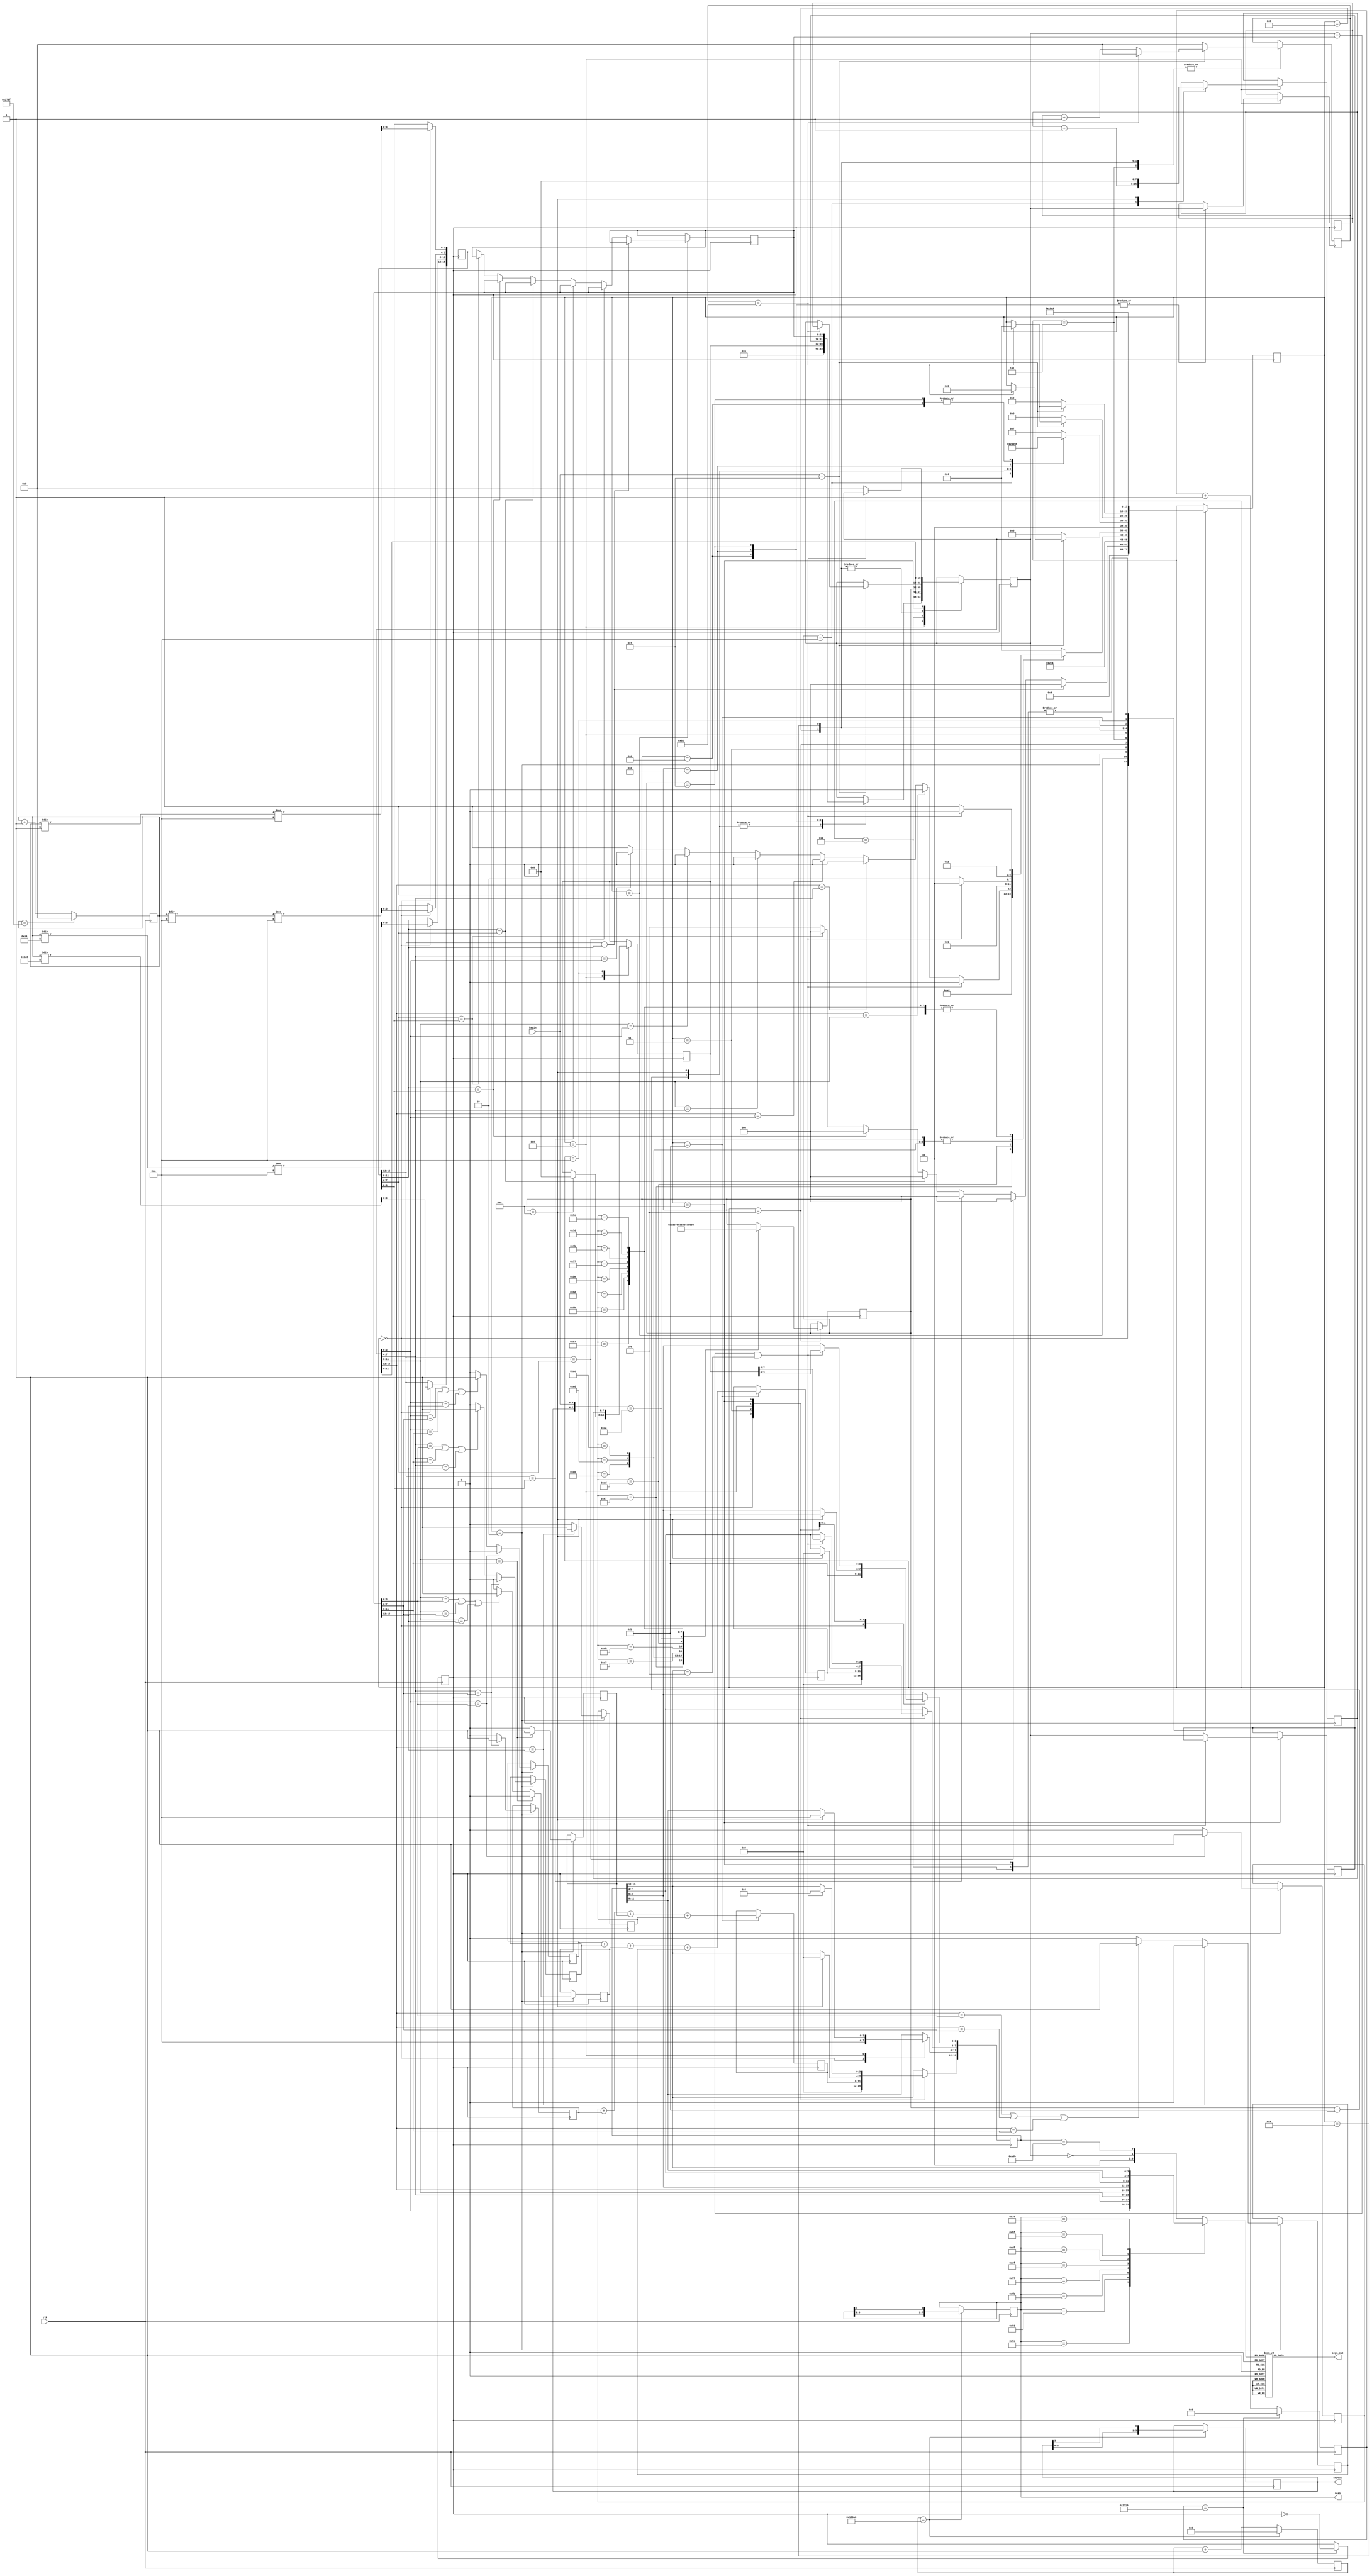
module Guess_Num (clk,keyin,keyout,segs_out,scan);
	input clk;
	
	input [3:0] keyin;
	output reg [3:0] keyout=4'b1110;
	
	output reg [7:0] scan=8'b1111_1110;
	output reg [7:0] segs_out;
	
	parameter Delay_Time=130;
	
	reg [13:0] DivClk_Cnt=14'd0;		
	reg Dclk;
	reg [16:0] Det_Cnt=17'd0;
	
	reg [5:0] Css=0; //Choosing states
	reg [15:0] Delay=8'd0; //register for debounce counter
	
	reg [3:0] Bcdz;
	
	reg [3:0] Segs_Disp;
	reg [15:0] Segs_R=16'h0,Segs_L=16'h0A0b;
	
	reg [15:0] Prime_Save_R,Disp_Save_R;//Prime_Save_L,Disp_Save_L;
	reg [15:0] Segs_R_Cmp;
	reg [15:0] Rnd_Cnt=16'd0,Rnd_Save,Rnd_Temp;
	
	reg [7:0] Cmp_Sum,Cmp_Save;
	
	reg [3:0] Total_A,Total_B;
	reg A0,A1,A2,A3,B0,B1,B2,B3;
	
always@(posedge clk)
begin
	begin
		if(DivClk_Cnt==10_000)	//Main Clock frequency divider 50Mhz -> 5kHz
			begin
				DivClk_Cnt<=14'd0;
				Dclk<=~Dclk;
			end
		else
			begin
				DivClk_Cnt<=DivClk_Cnt+14'd1;
			end
	end
	
	begin
		if(Det_Cnt==100_000)		//Scanning Clock frequency divider 500Hz
			begin
				Det_Cnt<=17'd0;
				scan<={scan[6:0],scan[7]};
				keyout<={keyout[2:0],keyout[3]};
			end
		else
			begin
				Det_Cnt<=Det_Cnt+17'd1;
			end
	end
	
end

always@(posedge clk)
begin
	begin
		Rnd_Cnt<=Rnd_Cnt+16'd1;		//Random number generating counter
		if(Rnd_Cnt==16'd9999)
			begin
				Rnd_Cnt<=16'd0;
			end
	end	
end


always@(*)
begin

	begin
		case(scan)  //MUX for selecting 7seg data to Deco
			8'b1111_1110:Segs_Disp=Segs_R[3:0];
			8'b1111_1101:Segs_Disp=Segs_R[7:4];
			8'b1111_1011:Segs_Disp=Segs_R[11:8];
			8'b1111_0111:Segs_Disp=Segs_R[15:12];
			8'b1110_1111:Segs_Disp=Segs_L[3:0];
			8'b1101_1111:Segs_Disp=Segs_L[7:4];
			8'b1011_1111:Segs_Disp=Segs_L[11:8];
			8'b0111_1111:Segs_Disp=Segs_L[15:12];
			default:Segs_Disp={Segs_R==16'h0,Segs_L==16'h0A0b};
		endcase
	end
	
	begin
		case(Segs_Disp)	//7Segs Decoder
			4'd0	:	segs_out =  8'hC0;
			4'd1	:	segs_out =  8'hF9;
			4'd2	:	segs_out =  8'hA4;
			4'd3	:	segs_out =  8'hB0;
			4'd4	:	segs_out =  8'h99;
			4'd5	:	segs_out =  8'h92;
			4'd6	:	segs_out =  8'h82;
			4'd7	:	segs_out =  8'hF8;
			4'd8	:	segs_out =  8'h80;
			4'd9	:	segs_out =  8'h98;
			4'd10 :	segs_out =  8'h88;
			4'd11	:	segs_out =  8'h83;
			4'd12	:	segs_out =  8'hC6;
			4'd13	:	segs_out =  8'hA1;
			4'd14	:	segs_out = 	8'h86;
			4'd15 :	segs_out = 	8'h8E;
		default  :	segs_out = 	8'hFF;
		endcase
	end
	
	
end

always@(posedge Dclk) //divided frequency 'Dclk' always block
begin
	case(Css)
		0:	begin											//Random numbers generator
				Segs_L<=16'h0A0b;
				Rnd_Temp[15:12]<=(Rnd_Cnt/1000);
				Rnd_Temp[11:8]<=(Rnd_Cnt/100)%10;
				Rnd_Temp[7:4]<=(Rnd_Cnt/10)%10;
				Rnd_Temp[3:0]<=(Rnd_Cnt/1)%10;
				Css<=1;
			end
		1:	begin											//Compare if the generated number duplicate digit
				if(Rnd_Temp[15:12]==Rnd_Temp[11:8])
					begin
						Css<=0;
					end
				else if(Rnd_Temp[15:12]==Rnd_Temp[7:4])
					begin
						Css<=0;
					end
				else if(Rnd_Temp[15:12]==Rnd_Temp[3:0])
					begin
						Css<=0;
					end
				else if(Rnd_Temp[11:8]==Rnd_Temp[7:4])
					begin
						Css<=0;
					end
				else if(Rnd_Temp[11:8]==Rnd_Temp[3:0])
					begin
						Css<=0;
					end
				else if(Rnd_Temp[7:4]==Rnd_Temp[3:0])
					begin
						Css<=0;
					end
				else
					begin
						Rnd_Save<=Rnd_Temp;
						Css<=4;
					end
			end
		2:	begin										//Compare the exactness of saved random number and the input number
				begin
					if(Segs_R[3:0]==Rnd_Save[3:0])
						begin
							A0<=1'd1;
							B0<=1'd0;
							Css<=11;
						end
					else
						begin
							A0<=1'd0;
							Css<=11;
							begin
								if(Segs_R[3:0]==Rnd_Save[7:4] || Segs_R[3:0]==Rnd_Save[11:8] || Segs_R[3:0]==Rnd_Save[15:12])
									begin
										B0<=1'd1;
										Css<=11;
									end
								else
									begin
										B0<=1'd0;
										Css<=11;
									end
							end
						end	
				end
				
			begin
				if(Segs_R[7:4]==Rnd_Save[7:4])
						begin
							A1<=1'd1;
							B1<=1'd0;
							Css<=11;
						end
					else
						begin
							A1<=1'd0;
							Css<=11;
							begin
								if(Segs_R[7:4]==Rnd_Save[3:0] || Segs_R[7:4]==Rnd_Save[11:8] || Segs_R[7:4]==Rnd_Save[15:12])
									begin
										B1<=1'd1;
										Css<=11;
									end
								else
									begin
										B1<=1'd0;
										Css<=11;
									end
							end
						end	
				end
				
			begin
				if(Segs_R[11:8]==Rnd_Save[11:8])
						begin
							A2<=1'd1;
							B2<=1'd0;
							Css<=11;
						end
					else
						begin
							A2<=1'd0;
							Css<=11;
							begin
								if(Segs_R[11:8]==Rnd_Save[3:0] || Segs_R[11:8]==Rnd_Save[7:4] || Segs_R[11:8]==Rnd_Save[15:12])
									begin
										B2<=1'd1;
										Css<=11;
									end
								else
									begin
										B2<=1'd0;
										Css<=11;
									end
							end
						end	
				end
				
			begin
				if(Segs_R[15:12]==Rnd_Save[15:12])
						begin
							A3<=1'd1;
							B3<=1'd0;
							Css<=11;
						end
					else
						begin
							A3<=1'd0;
							Css<=11;
							begin
								if(Segs_R[15:12]==Rnd_Save[3:0] || Segs_R[15:12]==Rnd_Save[7:4] || Segs_R[15:12]==Rnd_Save[11:8])
									begin
										B3<=1'd1;
										Css<=11;
									end
								else
									begin
										B3<=1'd0;
										Css<=11;
									end
							end
						end	
				end
				
			end
		
		3:	begin
				Segs_L[15:12]<=Total_A;			//output the compared digit result
				Segs_L[7:4]<=Total_B;
				Css<=10;
				//Disp_Save_L<=Segs_L;
			end
			
		4:	begin
				case({keyout,keyin})  //Keypad scan value
					8'b1110_0111:	begin
											Bcdz<=4'b1100; //C
											begin
												if(Segs_R==Rnd_Save && Segs_L[15:12]==4'h4)
													begin
														Css<=5;
													end
												else
													begin
														Css<=5;
													end
											end
										end	
					8'b1110_1011:	begin
											Bcdz<=4'b1101; //D
											begin
												if(Segs_R==Rnd_Save && Segs_L[15:12]==4'h4)
													begin
														Css<=4;
													end
												else
													begin
														Css<=6;
													end
											end
										end
					8'b1110_1101:	begin
											Bcdz<=4'b1110; //E
											begin
												if(Segs_R==Rnd_Save && Segs_L[15:12]==4'h4)
													begin
														Css<=4;
													end
												else
													begin
														Css<=6;
													end
											end
										end	
					8'b1110_1110:	begin
											Bcdz<=4'b1111; //F
											begin
												if(Segs_R==Rnd_Save && Segs_L[15:12]==4'h4)
													begin
														Css<=4;
													end
												else
													begin
														Css<=6;
													end
											end
										end	
					8'b1101_0111:	begin
											Bcdz<=4'b1000; //8
											begin
												if(Segs_R==Rnd_Save && Segs_L[15:12]==4'h4)
													begin
														Css<=4;
													end
												else
													begin
														Css<=5;
													end
											end
										end
					8'b1101_1011:	begin
											Bcdz<=4'b1001; //9
											begin
												if(Segs_R==Rnd_Save && Segs_L[15:12]==4'h4)
													begin
														Css<=4;
													end
												else
													begin
														Css<=5;
													end
											end
										end
					8'b1101_1101:	begin
											Bcdz<=4'b1010; //A
											begin
												if(Segs_R==Rnd_Save && Segs_L[15:12]==4'h4)
													begin
														Css<=4;
													end
												else
													begin
														if(Segs_R[15:12]==Segs_R[11:8])
															begin
																Css<=4;
															end
														else if(Segs_R[15:12]==Segs_R[7:4])
															begin
																Css<=4;
															end
														else if(Segs_R[15:12]==Segs_R[3:0])
															begin
																Css<=4;
															end
														else if(Segs_R[11:8]==Segs_R[7:4])
															begin
																Css<=4;
															end
														else if(Segs_R[11:8]==Segs_R[3:0])
															begin
																Css<=4;
															end
														else if(Segs_R[7:4]==Segs_R[3:0])
															begin
																Css<=4;
															end
														else
															begin
																Css<=5;
															end
													end
											end
										
										end
					8'b1101_1110:	begin
											Bcdz<=4'b1011; //B
											begin
												if(Segs_R==Rnd_Save && Segs_L[15:12]==4'h4)
													begin
														Css<=4;
													end
												else
													begin
														Css<=6;
													end
											end
										end
					8'b1011_0111:	begin
											Bcdz<=4'b0100; //4
											begin
												if(Segs_R==Rnd_Save && Segs_L[15:12]==4'h4)
													begin
														Css<=4;
													end
												else
													begin
														Css<=5;
													end
											end
										end
					8'b1011_1011:	begin
											Bcdz<=4'b0101; //5
											begin
												if(Segs_R==Rnd_Save && Segs_L[15:12]==4'h4)
													begin
														Css<=4;
													end
												else
													begin
														Css<=5;
													end
											end
										end
					8'b1011_1101:	begin
											Bcdz<=4'b0110; //6
											begin
												if(Segs_R==Rnd_Save && Segs_L[15:12]==4'h4)
													begin
														Css<=4;
													end
												else
													begin
														Css<=5;
													end
											end
										end
					8'b1011_1110:	begin
											Bcdz<=4'b0111; //7
											begin
												if(Segs_R==Rnd_Save && Segs_L[15:12]==4'h4)
													begin
														Css<=4;
													end
												else
													begin
														Css<=5;
													end
											end
										end
					8'b0111_0111:	begin
											Bcdz<=4'b0000; //0
											begin
												if(Segs_R==Rnd_Save && Segs_L[15:12]==4'h4)
													begin
														Css<=4;
													end
												else
													begin
														Css<=5;
													end
											end
										end
					8'b0111_1011:	begin
											Bcdz<=4'b0001; //1
											begin
												if(Segs_R==Rnd_Save && Segs_L[15:12]==4'h4)
													begin
														Css<=4;
													end
												else
													begin
														Css<=5;
													end
											end
										end
					8'b0111_1101:	begin
											Bcdz<=4'b0010; //2
											begin
												if(Segs_R==Rnd_Save && Segs_L[15:12]==4'h4)
													begin
														Css<=4;
													end
												else
													begin
														Css<=5;
													end
											end
										end
					8'b0111_1110:	begin
											Bcdz<=4'b0011; //3
											begin
												if(Segs_R==Rnd_Save && Segs_L[15:12]==4'h4)
													begin
														Css<=4;
													end
												else
													begin
														Css<=5;
													end
											end
										end
						  default:	begin
											Css<=4;
										end
				endcase
			end
		5:	begin
				
				if(keyin==4'b1111)
					begin
						if(Delay==Delay_Time)
							begin
								Delay<=8'd0;
								Css<=6;
							end
						else
							begin
								Delay<=Delay+8'd1;
								Css<=Css;
							end
					end
				else
					begin
						Delay<=8'd0;
						Css<=5;
					end
					
				/*case(keyin)
					4'b1111:	begin
									if(Delay==Delay_Time)
										begin
											Delay<=16'd0;
											Css<=6;
										end
									else
										begin
											Delay<=Delay+16'd1;
											Css<=Css;
										end
								end
					default:	begin
									Delay<=16'd0;
									Css<=5;
								end
				endcase*/
			end
		
		6:	begin
				case(Bcdz)
					4'b1010: begin									//A
									Css<=2;
									Cmp_Sum<=Cmp_Sum+8'd1;
								end
					4'b1011:	begin									//B	//Completed function
									Segs_R<=16'h0;
									Css<=4;
								end
					4'b1100:	begin									//C 	//Completed function
									Segs_R<=16'h0;
									Segs_L<=16'h0A0b;
									Cmp_Sum<=0;
									Cmp_Save<=0;
									Css<=0;
								end
					4'b1101:	begin									//D	//If 'A' key could debounced correctly,then this function should be able to complete
									Segs_R<=Cmp_Save;
									Prime_Save_R<=Segs_R;
									Css<=8;
								end
					4'b1110:	begin									//E	//Half completed,Compared result on the left is able to be saved and displayed,but input still unable to
									Segs_R<=Disp_Save_R;
									Prime_Save_R<=Segs_R;
									//Segs_L<=Disp_Save_L;
									//Prime_Save_L<=Segs_L;
									//Segs_R<=16'h0;
									Css<=9;
								end
					4'b1111:	begin									//F 	//Completed function
									Segs_R<=Rnd_Save;
									Prime_Save_R<=Segs_R;
									Css<=8;
								end
					default: begin
									Css<=7;
								end
					
				endcase
			end
		7:	begin
				Segs_R<={Segs_R[11:0],Bcdz};
				Css<=4;
			end
		8:	begin
				case(keyin)
					4'b1111:	begin
									if(Delay==Delay_Time)
										begin
											Segs_R<=Prime_Save_R;
											Delay<=8'd0;
											Css<=4;
										end
									else
										begin
											Delay<=Delay+8'd1;
											Css<=Css;
										end
								end
					default:	begin
									Delay<=8'd0;
									Css<=8;
								end
				endcase
			end
		
		9:	begin
				case(keyin)
					4'b1111:	begin
									if(Delay==Delay_Time)
										begin
											Segs_R<=Prime_Save_R;
											//Segs_L<=Prime_Save_L;
											Delay<=8'd0;
											Css<=4;
										end
									else
										begin
											Delay<=Delay+8'd1;
											Css<=Css;
										end
								end
					default:	begin
									Delay<=8'd0;
									Css<=9;
								end
				endcase
			end
		
		10:begin
				Cmp_Save<=Cmp_Sum;
				Css<=12;
			end
		
		11:begin
				Total_A<=A0+A1+A2+A3;		//add up compared digit result
				Total_B<=B0+B1+B2+B3;
				Css<=3;
			end
			
		12:begin
				if(Segs_R==Rnd_Save && Segs_L[15:12]==4'h4)
					begin
						Segs_L[15:12]<=4'h4;
						Segs_L[7:0]<=Cmp_Save;
						Css<=4;
					end
				else
					begin
						Disp_Save_R<=Segs_R;
						Segs_R<=16'h0;
						Css<=4;
					end
			end
			
	endcase
end
endmodule